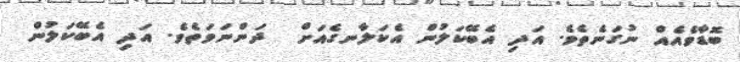
ބޮޑާވެއެއް ނުގަނެތެވެ. އަދި އެބޭކަލުން އެކަލާނގެއަށް  ދަންނަވަތެވެ. އަދި އެބޭކަލުން